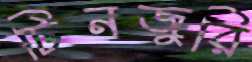
টিনজুরি